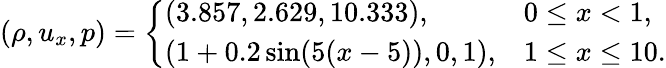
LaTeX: (\rho,u_{x},p)=\left\{ \begin{array}{ll}{(3.857,2.629,10.333),}&{0\leq x<1,}\\ {(1+0.2\sin(5(x-5)),0,1),}&{1\leq x\leq 10.}\end{array}\right.